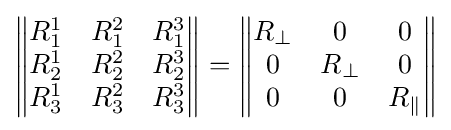
{\begin{Vmatrix}R_{1}^{1}&R_{1}^{2}&R_{1}^{3}\\R_{2}^{1}&R_{2}^{2}&R_{2}^{3}\\R_{3}^{1}&R_{3}^{2}&R_{3}^{3}\end{Vmatrix}}={\begin{Vmatrix}R_{\perp }&0&0\\0&R_{\perp }&0\\0&0&R_{\|}\end{Vmatrix}}